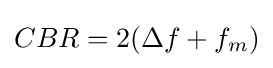
CBR=2(\Delta f+f_{m})